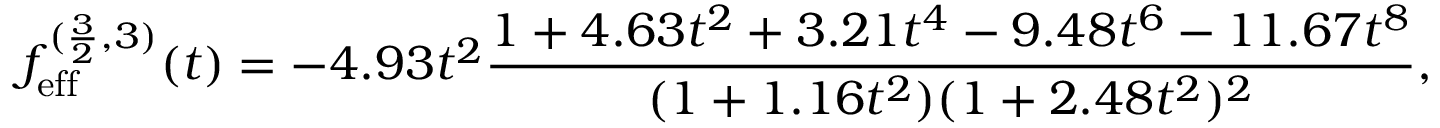
f _ { \mathrm { e f f } } ^ { ( \frac { 3 } { 2 } , 3 ) } ( t ) = - 4 . 9 3 t ^ { 2 } \frac { 1 + 4 . 6 3 t ^ { 2 } + 3 . 2 1 t ^ { 4 } - 9 . 4 8 t ^ { 6 } - 1 1 . 6 7 t ^ { 8 } } { ( 1 + 1 . 1 6 t ^ { 2 } ) ( 1 + 2 . 4 8 t ^ { 2 } ) ^ { 2 } } ,